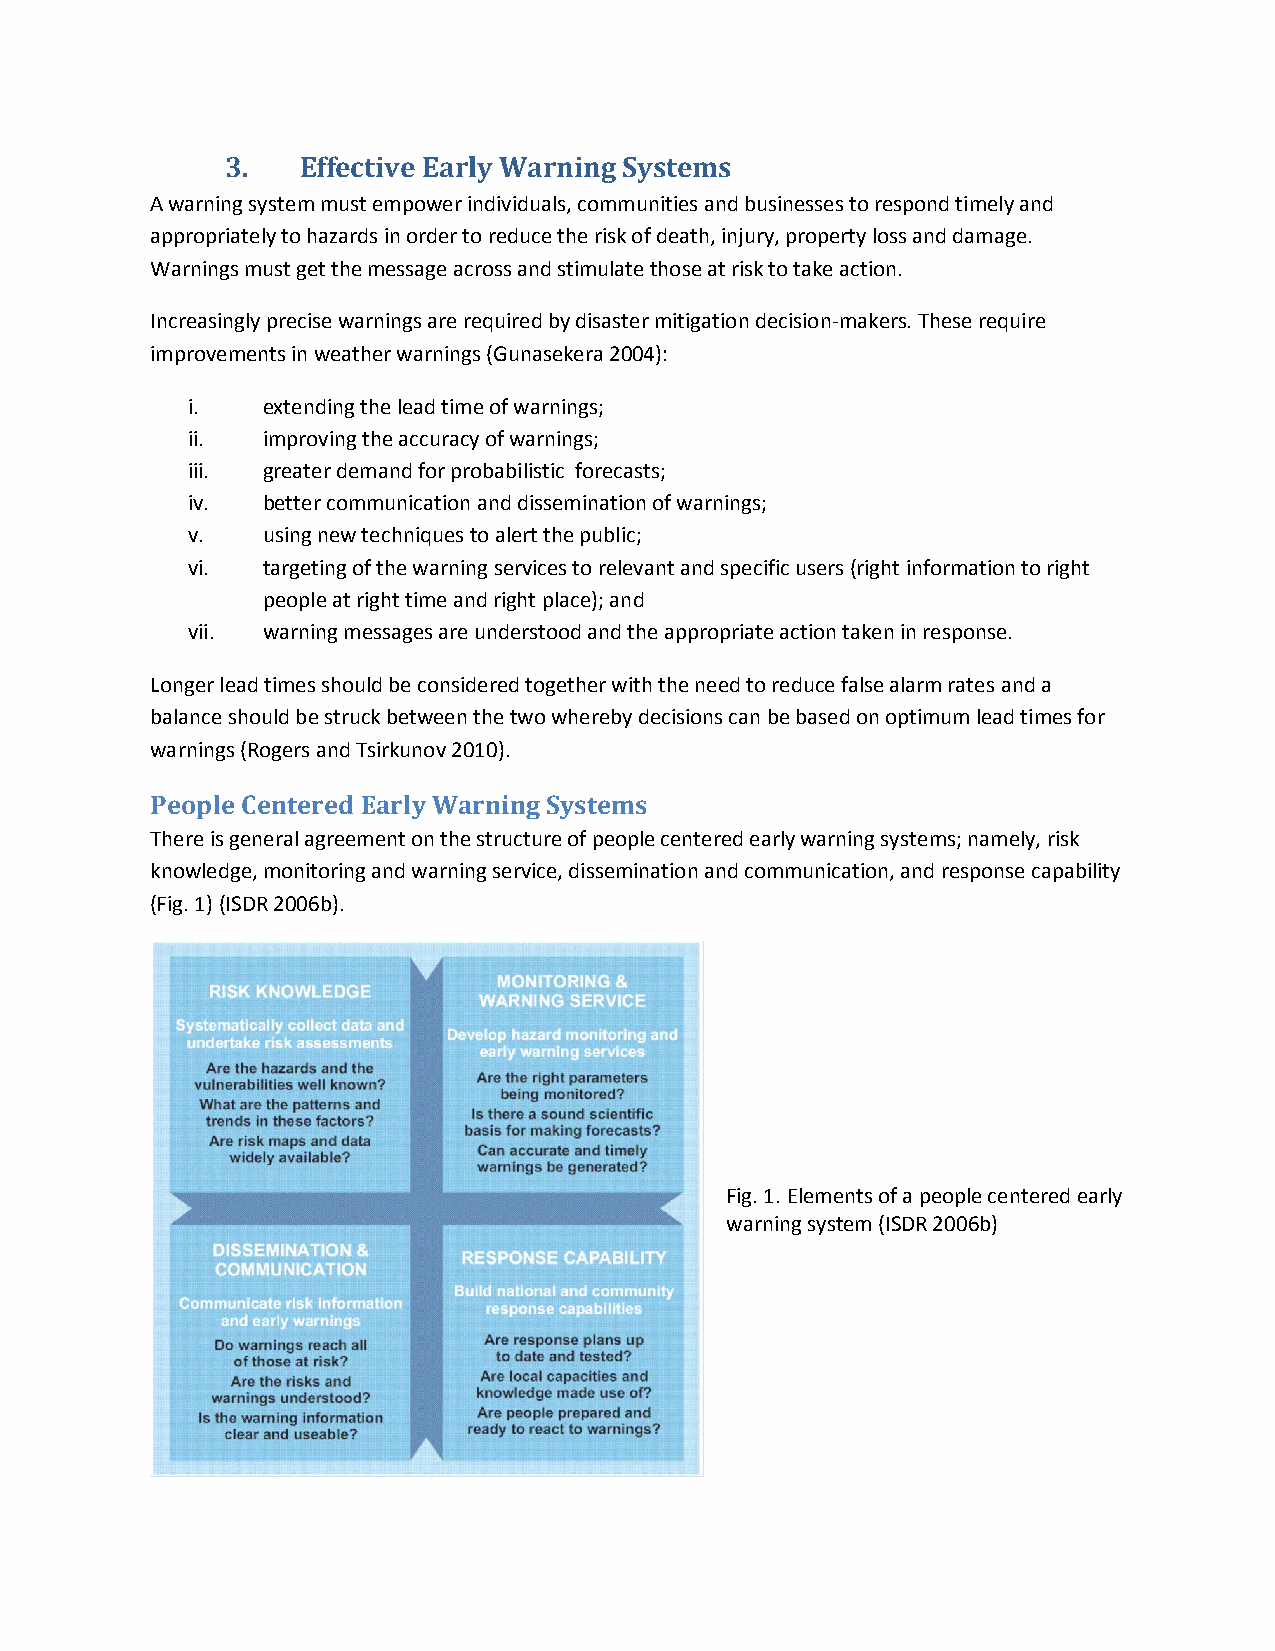
3.   Effective Early Warning Systems
 A warning system must empower individuals, communities and businesses to respond timely and
 appropriately to hazards in order to reduce the risk of death, injury, property loss and damage.
 Warnings must get the message across and stimulate those at risk to take action.
 Increasingly precise warnings are required by disaster mitigation decision-makers. These require
 improvements in weather warnings (Gunasekera 2004):
 i.   extending the lead time of warnings;
 ii.  improving the accuracy of warnings;
 iii. greater demand for probabilistic forecasts;
 iv.  better communication and dissemination of warnings;
 v.   using new techniques to alert the public;
 vi.  targeting of the warning services to relevant and specific users (right information to right
 people at right time and right place); and
 vii. warning messages are understood and the appropriate action taken in response.
 Longer lead times should be considered together with the need to reduce false alarm rates and a
 balance should be struck between the two whereby decisions can be based on optimum lead times for
 warnings (Rogers and Tsirkunov 2010).
 People Centered Early Warning Systems
 There is general agreement on the structure of people centered early warning systems; namely, risk
 knowledge, monitoring and warning service, dissemination and communication, and response capability
 (Fig. 1) (ISDR 2006b).
 Fig. 1. Elements of a people centered early
 warning system (ISDR 2006b)